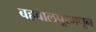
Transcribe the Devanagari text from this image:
बहवालपूरमधून